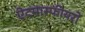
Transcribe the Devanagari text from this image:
ऐटमास्फीयरों